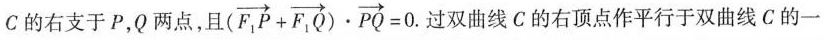
C的右支于P，0两点，且 $$(\overrightarrow{F_{1}P}+ \overrightarrow{F_{1}Q})·\overrightarrow{PQ}=0$$.双曲线C的右顶点作平行于双曲线C的一